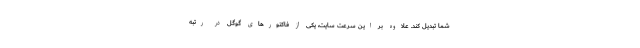
شما تبدیل کند. علاوه بر این سرعت سایت، یکی از فاکتورهای گوگل در رتبه